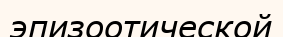
эпизоотической